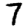
Digit: 7